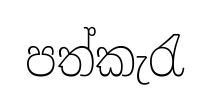
පත්කැරැ